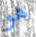
هو